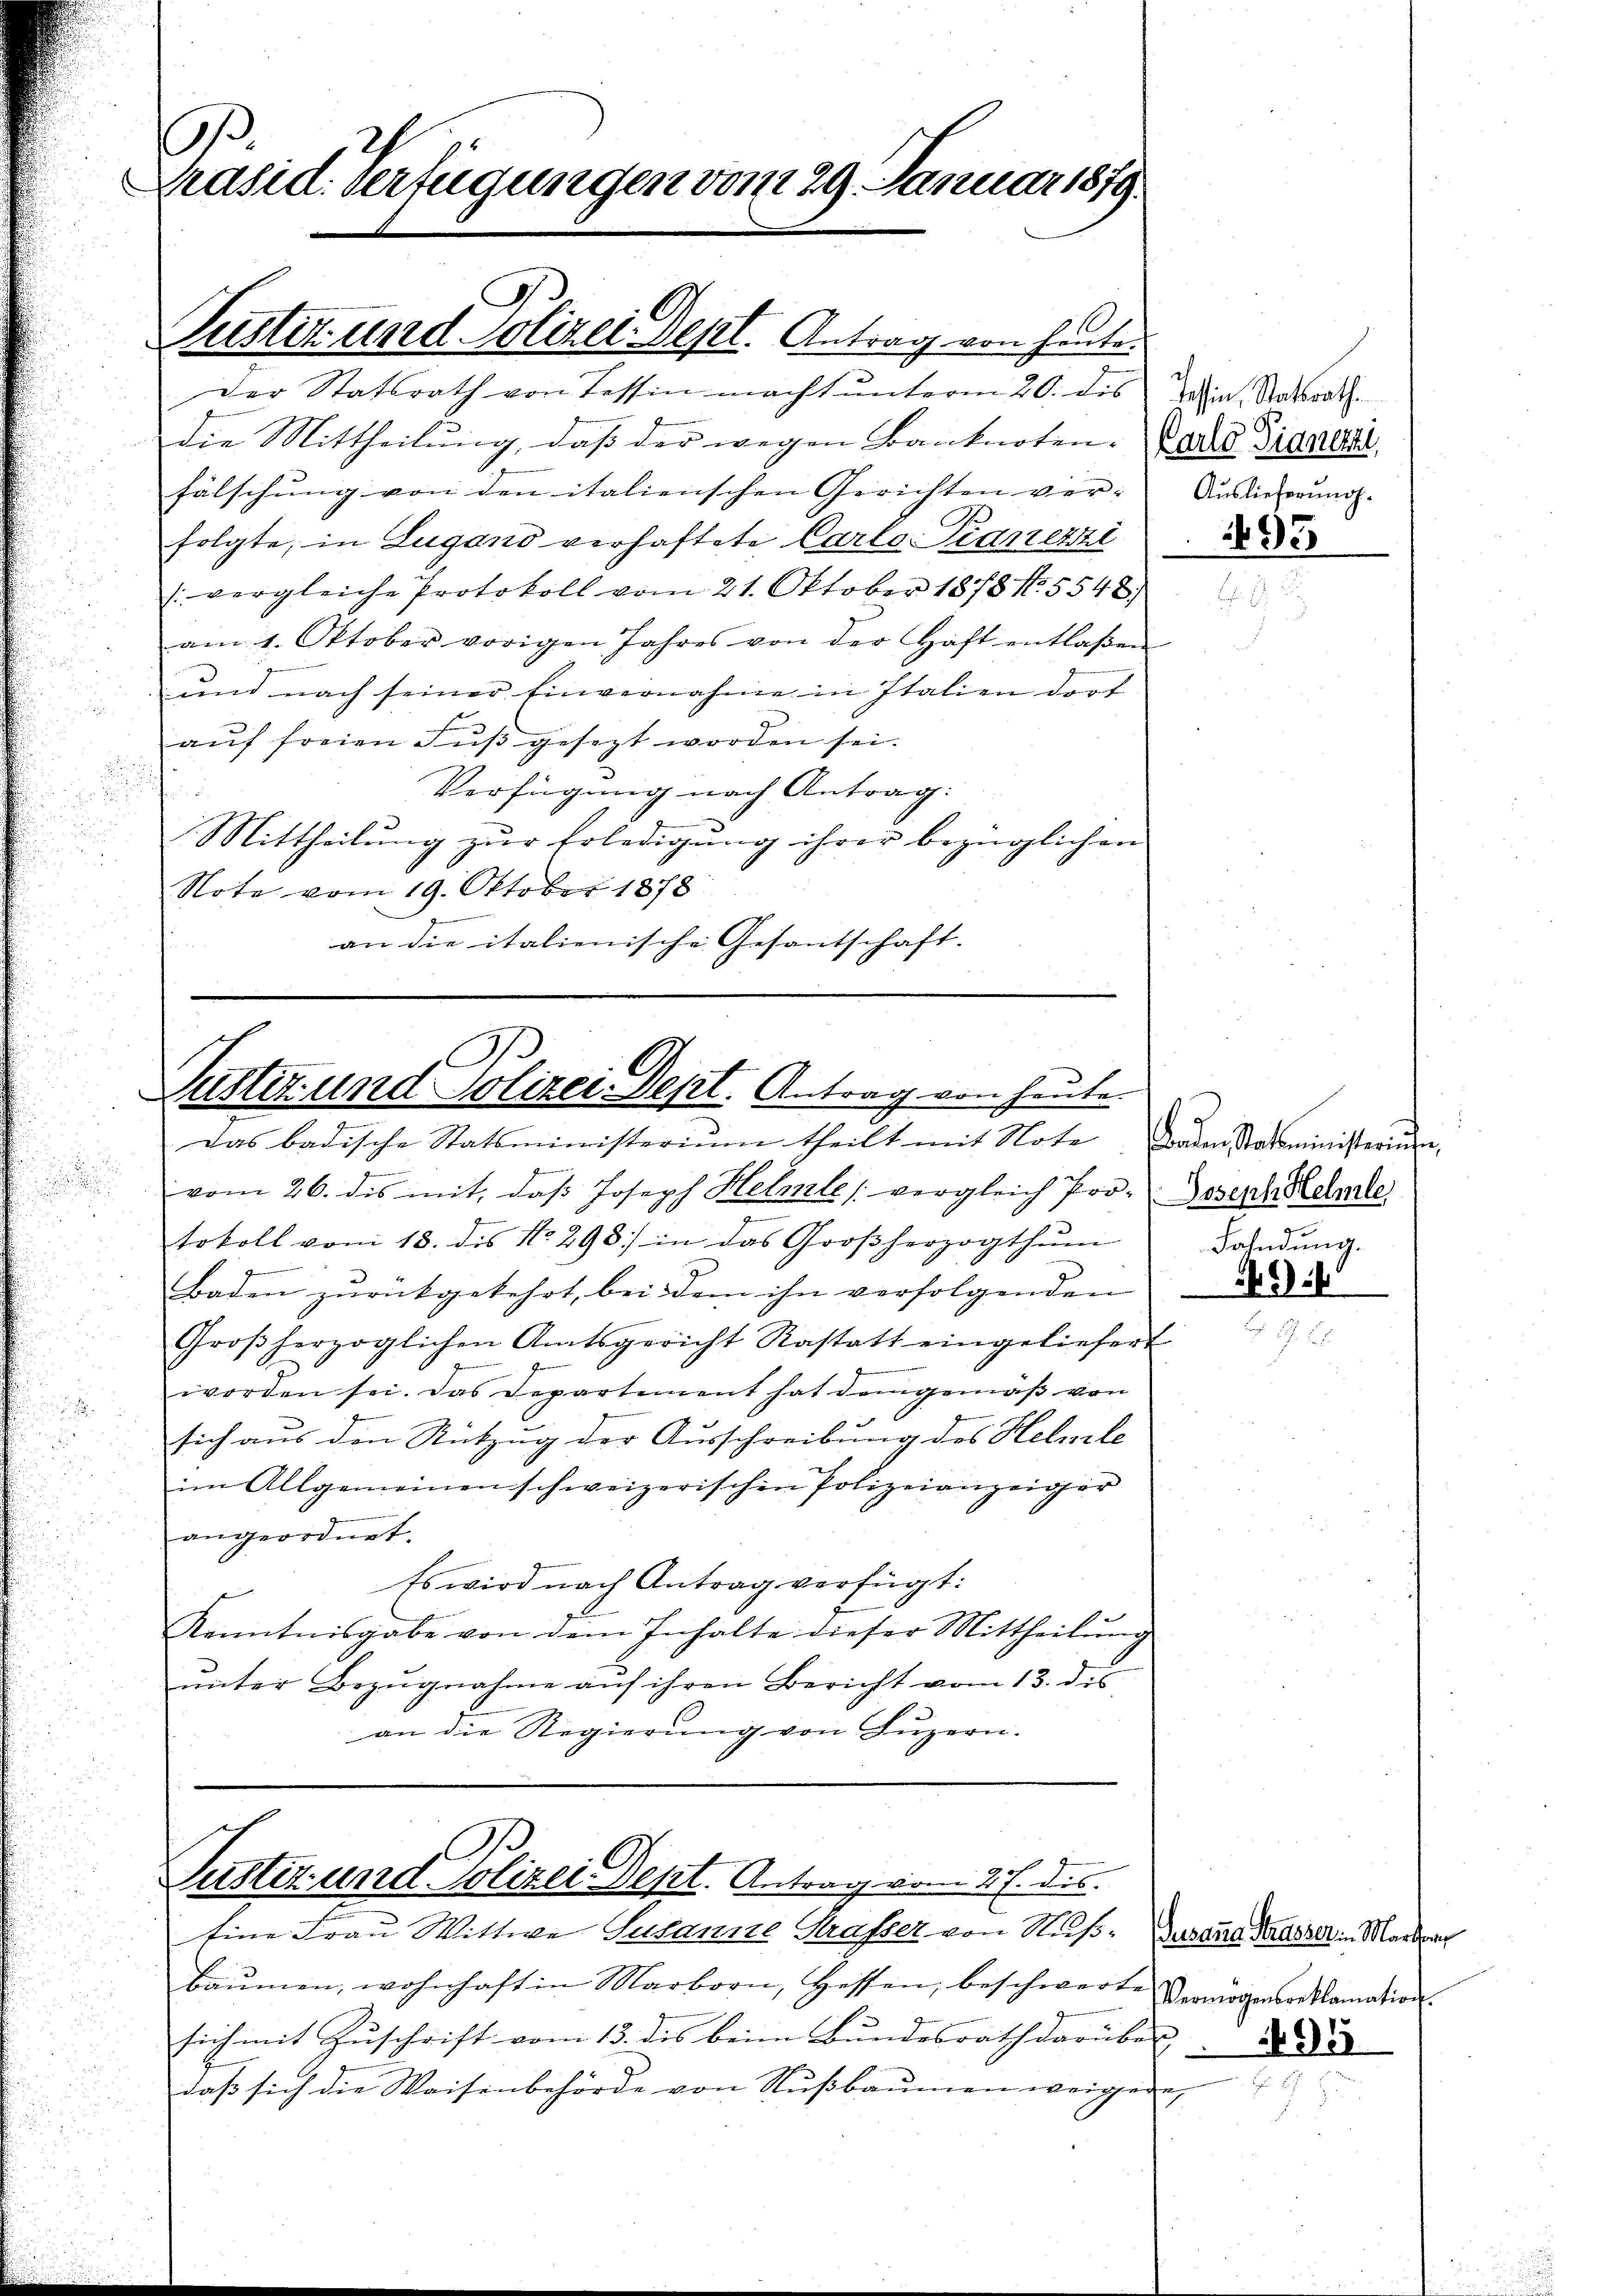
d

s
Präsid. Verfügungen vom 29. Januar 1879.

Der Statsrath von Tessin macht unterm 20. des
Die Mittheilŭng, daβ der wegen Banknoten. Darle Zigall
fälschung von den italienschen Gerichten ver-
folgte, in Lugano verhaftete Carlo Pianerzi
(vergleiche Protokoll vom 21. Oktober 1878 No. 5548)
am 1. Oktober vorigen Jahres von der Haft entlaßen
und nach seiner Einvernahme in Italien dorf
aŭf freien Fŭβ gesezt worden sei.
Verfügung nach Antrag:
Mittheilung zur Erledigung ihrer bezüglichen
Note vom 19. Oktober 1878
an die italienische Gesantschaft

Pustiz und Polizei Dept. Antrag von heute

vom 26. des mit, daβ Joseph Helmte (vergleich Pro- Joseph Stelle
tokoll vom 18. des No. 298. in das Großherzogthum
Baden zurückgekehrt, bei dem ihn verfolgenden
Großherzoglichen Amtsgericht Rastatt eingeliefert
worden sei. Das Departement hat demgemäß von
sich aus den Rützung der Ausschreibung des Helmle
im Allgemeinen schweizerischen Polizeianzeiger
angeordnet.
Es wird nach Antrag verfügt:
Kenntnisgabe von dem Inhalte dieser Mittheilung
ŭnter Bezŭgnahme aŭf ihren Bericht vom 13. des
an die Regierung von Luzern.

A.
Justiz und Polizei Dept. Antrag von heute.
Das badische Statsministerium theilt mit Note

Justiz und Polizei Dept. Antrag vom 27. des

Tessin, Statsrath.
Auslieferung.

tine Frau Wittwe Susanne Strasser von Nuß¬ Das tue dass sein Mart
bäŭmen, wohnhaft in Marborn, Hessen, beschwerte
sich mit Zuschrift vom 13. des beim Bundesrath darüber
daβ sich die Waisenbehörde von Nŭβbaŭmen weigere,

495

Landen Statsministerchen
Fahndung.

) i

Vermögensreklamation

1495